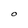
Character: O